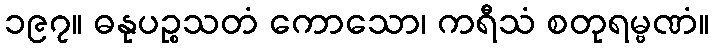
၁၉၇။ ဓနုပဉ္စသတံ ကောသော၊ ကရီသံ စတုရမ္ဗဏံ။